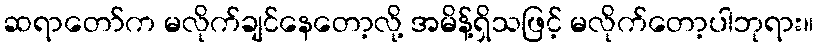
ဆရာတော်က မလိုက်ချင်နေတော့လို့ အမိန့်ရှိသဖြင့် မလိုက်တော့ပါဘုရား။